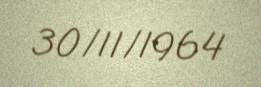
30/11/1964